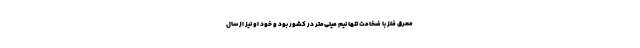
معرق فلز با ضخامت تنها نیم میلی‌متر در کشور بود و خود او نیز از سال